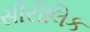
સીરીલિક